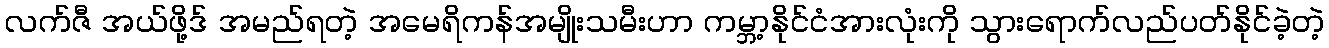
လက်ဇီ အယ်ဖို့ဒ် အမည်ရတဲ့ အမေရိကန်အမျိုးသမီးဟာ ကမ္ဘာ့နိုင်ငံအားလုံးကို သွားရောက်လည်ပတ်နိုင်ခဲ့တဲ့